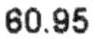
60.95